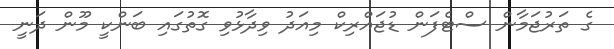
ގެ ތަރުޖަމާން ސްޓެފަން ޑުޖައްރިކް މިއަދު ވިދާޅުވި ގޮތުގައި ބަންކީ މޫން ދަނީ